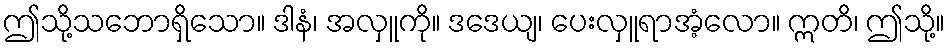
ဤသို့သဘောရှိသော။ ဒါနံ၊ အလှူကို။ ဒဒေယျ၊ ပေးလှူရာအံ့လော။ ဣတိ၊ ဤသို့။